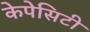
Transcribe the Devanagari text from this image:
केपेसिटी